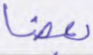
بعضا